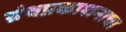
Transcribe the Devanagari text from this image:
ग्रंथप्रकाशनाचा